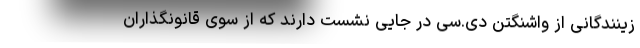
زینندگانی از واشنگتن دی.سی در جایی نشست دارند که از سوی قانونگذاران